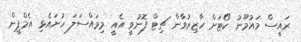
ރައީސް މައުމޫނު ކޯޓަށް ހާޒިރުވާން ޗިޓް ފޮނުވީ އެއީ މިމައްސަލަ ހުށައެޅި އެމްޕީން